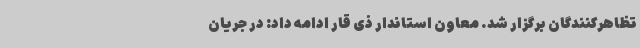
تظاهرکنندگان برگزار شد. معاون استاندار ذی قار ادامه داد: در جریان